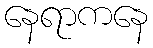
နေရာကနေ